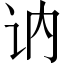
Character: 讷